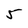
Character: 5